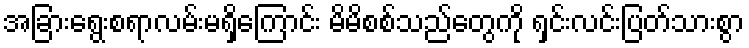
အခြားရွေးစရာလမ်းမရှိကြောင်း မိမိစစ်သည်တွေကို ရှင်းလင်းပြတ်သားစွာ